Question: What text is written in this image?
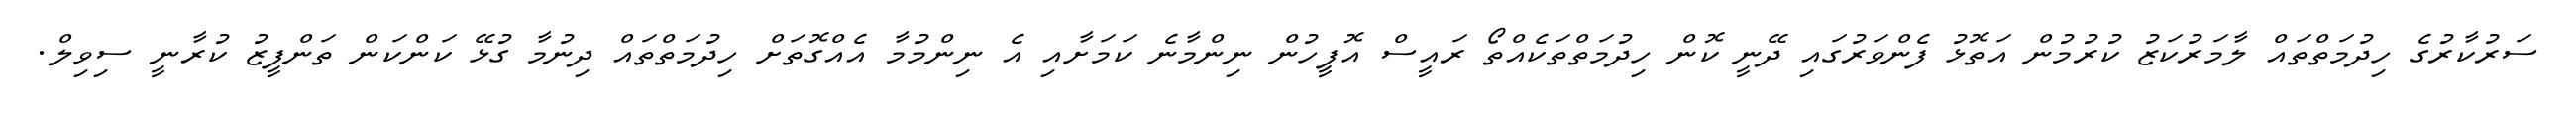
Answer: ސަރުކާރުގެ ހިދުމަތްތައް ލާމަރުކަޒު ކުރުމުން އަތޮޅު ފެންވަރުގައި ދޭނީ ކޮން ހިދުމަތްތަކެއްތޯ ރައީސް އޮފީހުން ނިންމާނެ ކަމަށާއި އެ ނިންމުމާ އެއްގޮތަށް ހިދުމަތްތައް ދިނުމާ ގުޅޭ ކަންކަން ތަންފީޒު ކުރާނީ ސިވިލް.